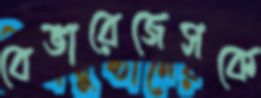
বেভারেজেসকে